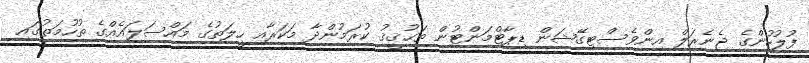
ފުލުހުންގެ ޖެނެރަލް އިންވެސްޓިގޭޝަން ޑިޕާޓްމަންޓުން ތަޙުޤީޤު ކުރަމުންދާ މަކަރާއި ހީލަތުގެ މައްސަލައެއްގެ ތުހުމަތުގައި